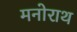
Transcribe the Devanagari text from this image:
मनोराथ